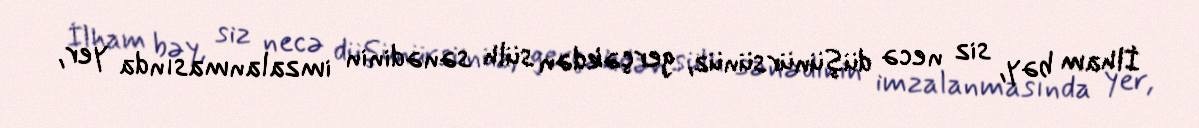
İlham bəy, siz necə düşünürsünüz, gerçəkdən sülh sənədinin imzalanmasında yer,